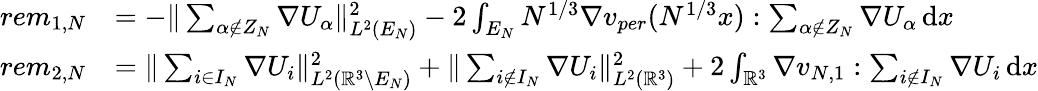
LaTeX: \begin{array}{rl}{rem_{1,N}}&{=-\| \sum_{\alpha\notin Z_{N}}\nabla U_{\alpha}\| _{L^{2}(E_{N})}^{2}-2\int_{E_{N}}N^{1/3}\nabla v_{per}(N^{1/3}x):\sum_{\alpha\notin Z_{N}}\nabla U_{\alpha}\, \mathrm{d}x}\\ {rem_{2,N}}&{=\| \sum_{i\in I_{N}}\nabla U_{i}\| _{L^{2}(\mathbb R^{3}\setminus E_{N})}^{2}+\| \sum_{i\notin I_{N}}\nabla U_{i}\| _{L^{2}(\mathbb R^{3})}^{2}+2\int_{\mathbb{R}^{3}}\nabla v_{N,1}:\sum_{i\notin I_{N}}\nabla U_{i}\, \mathrm{d}x}\end{array}